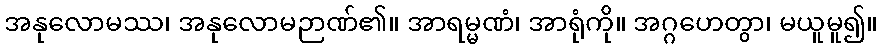
အနုလောမဿ၊ အနုလောမဉာဏ်၏။ အာရမ္မဏံ၊ အာရုံကို။ အဂ္ဂဟေတွာ၊ မယူမူ၍။